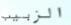
الزبيب